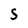
Character: S